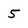
Character: 5